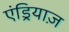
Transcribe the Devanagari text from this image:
एंड्रियाज़